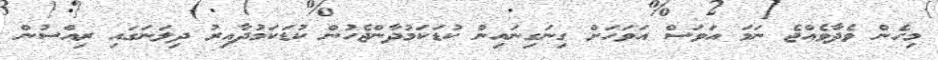
މިހެން ވެދާވެއްޖެ ނަމަ އަވަސް އަވަހަށް ގިނަގިނައިން ކުޑަކަމުދާންޖެހުން ކުޑަކަމުދާއިރު ދިލަނަގައި ރިއްސުން